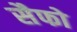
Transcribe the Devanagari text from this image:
सैफो